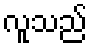
လူသည်